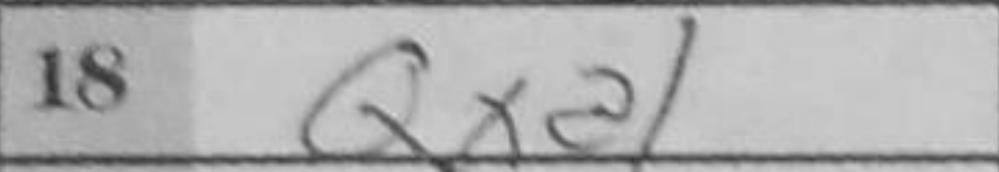
Transcription: Qxa1